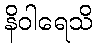
နိဝါရေသိ